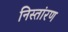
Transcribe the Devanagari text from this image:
निस्तांरण